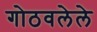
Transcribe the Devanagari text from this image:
गोठवलेले